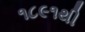
૧૮૯૧થી